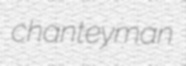
chanteyman